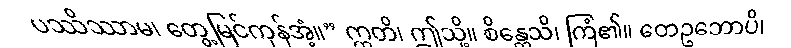
ပဿိဿာမ၊ တွေ့မြင်ကုန်အံ့။” ဣတိ၊ ဤသို့။ စိန္တေသိ၊ ကြံ၏။ တေဥဘောပိ၊